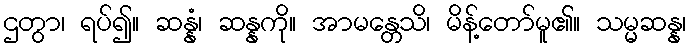
ဌတွာ၊ ရပ်၍။ ဆန္နံ၊ ဆန္နကို။ အာမန္တေသိ၊ မိန့်တော်မူ၏။ သမ္မဆန္န၊